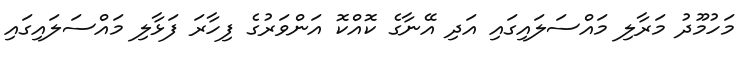
މަހުމޫދު މަރާލި މައްސަލައިގައި އަދި އޭނާގެ ކޮއްކޮ އަންވަރުގެ ފިހާރަ ފަޅާލި މައްސަލައިގައި